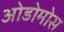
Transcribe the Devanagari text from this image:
ओडोमोस